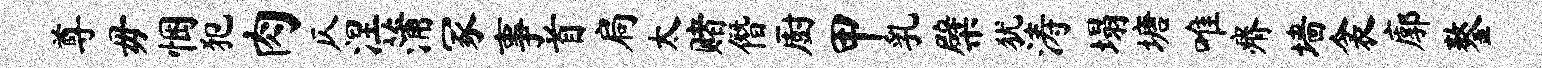
尊毋悃犯肉仄涅蒲冢事首扃太赌僭厨甲乳檗犹涛塌塘唯瘠墙衾廓鏊